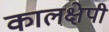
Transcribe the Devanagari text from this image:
कालक्षेपी